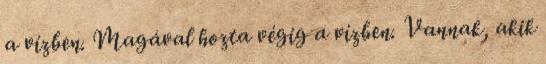
a vízben. Magával hozta végig a vízben. Vannak, akik